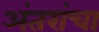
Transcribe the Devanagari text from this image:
अंतरांचा